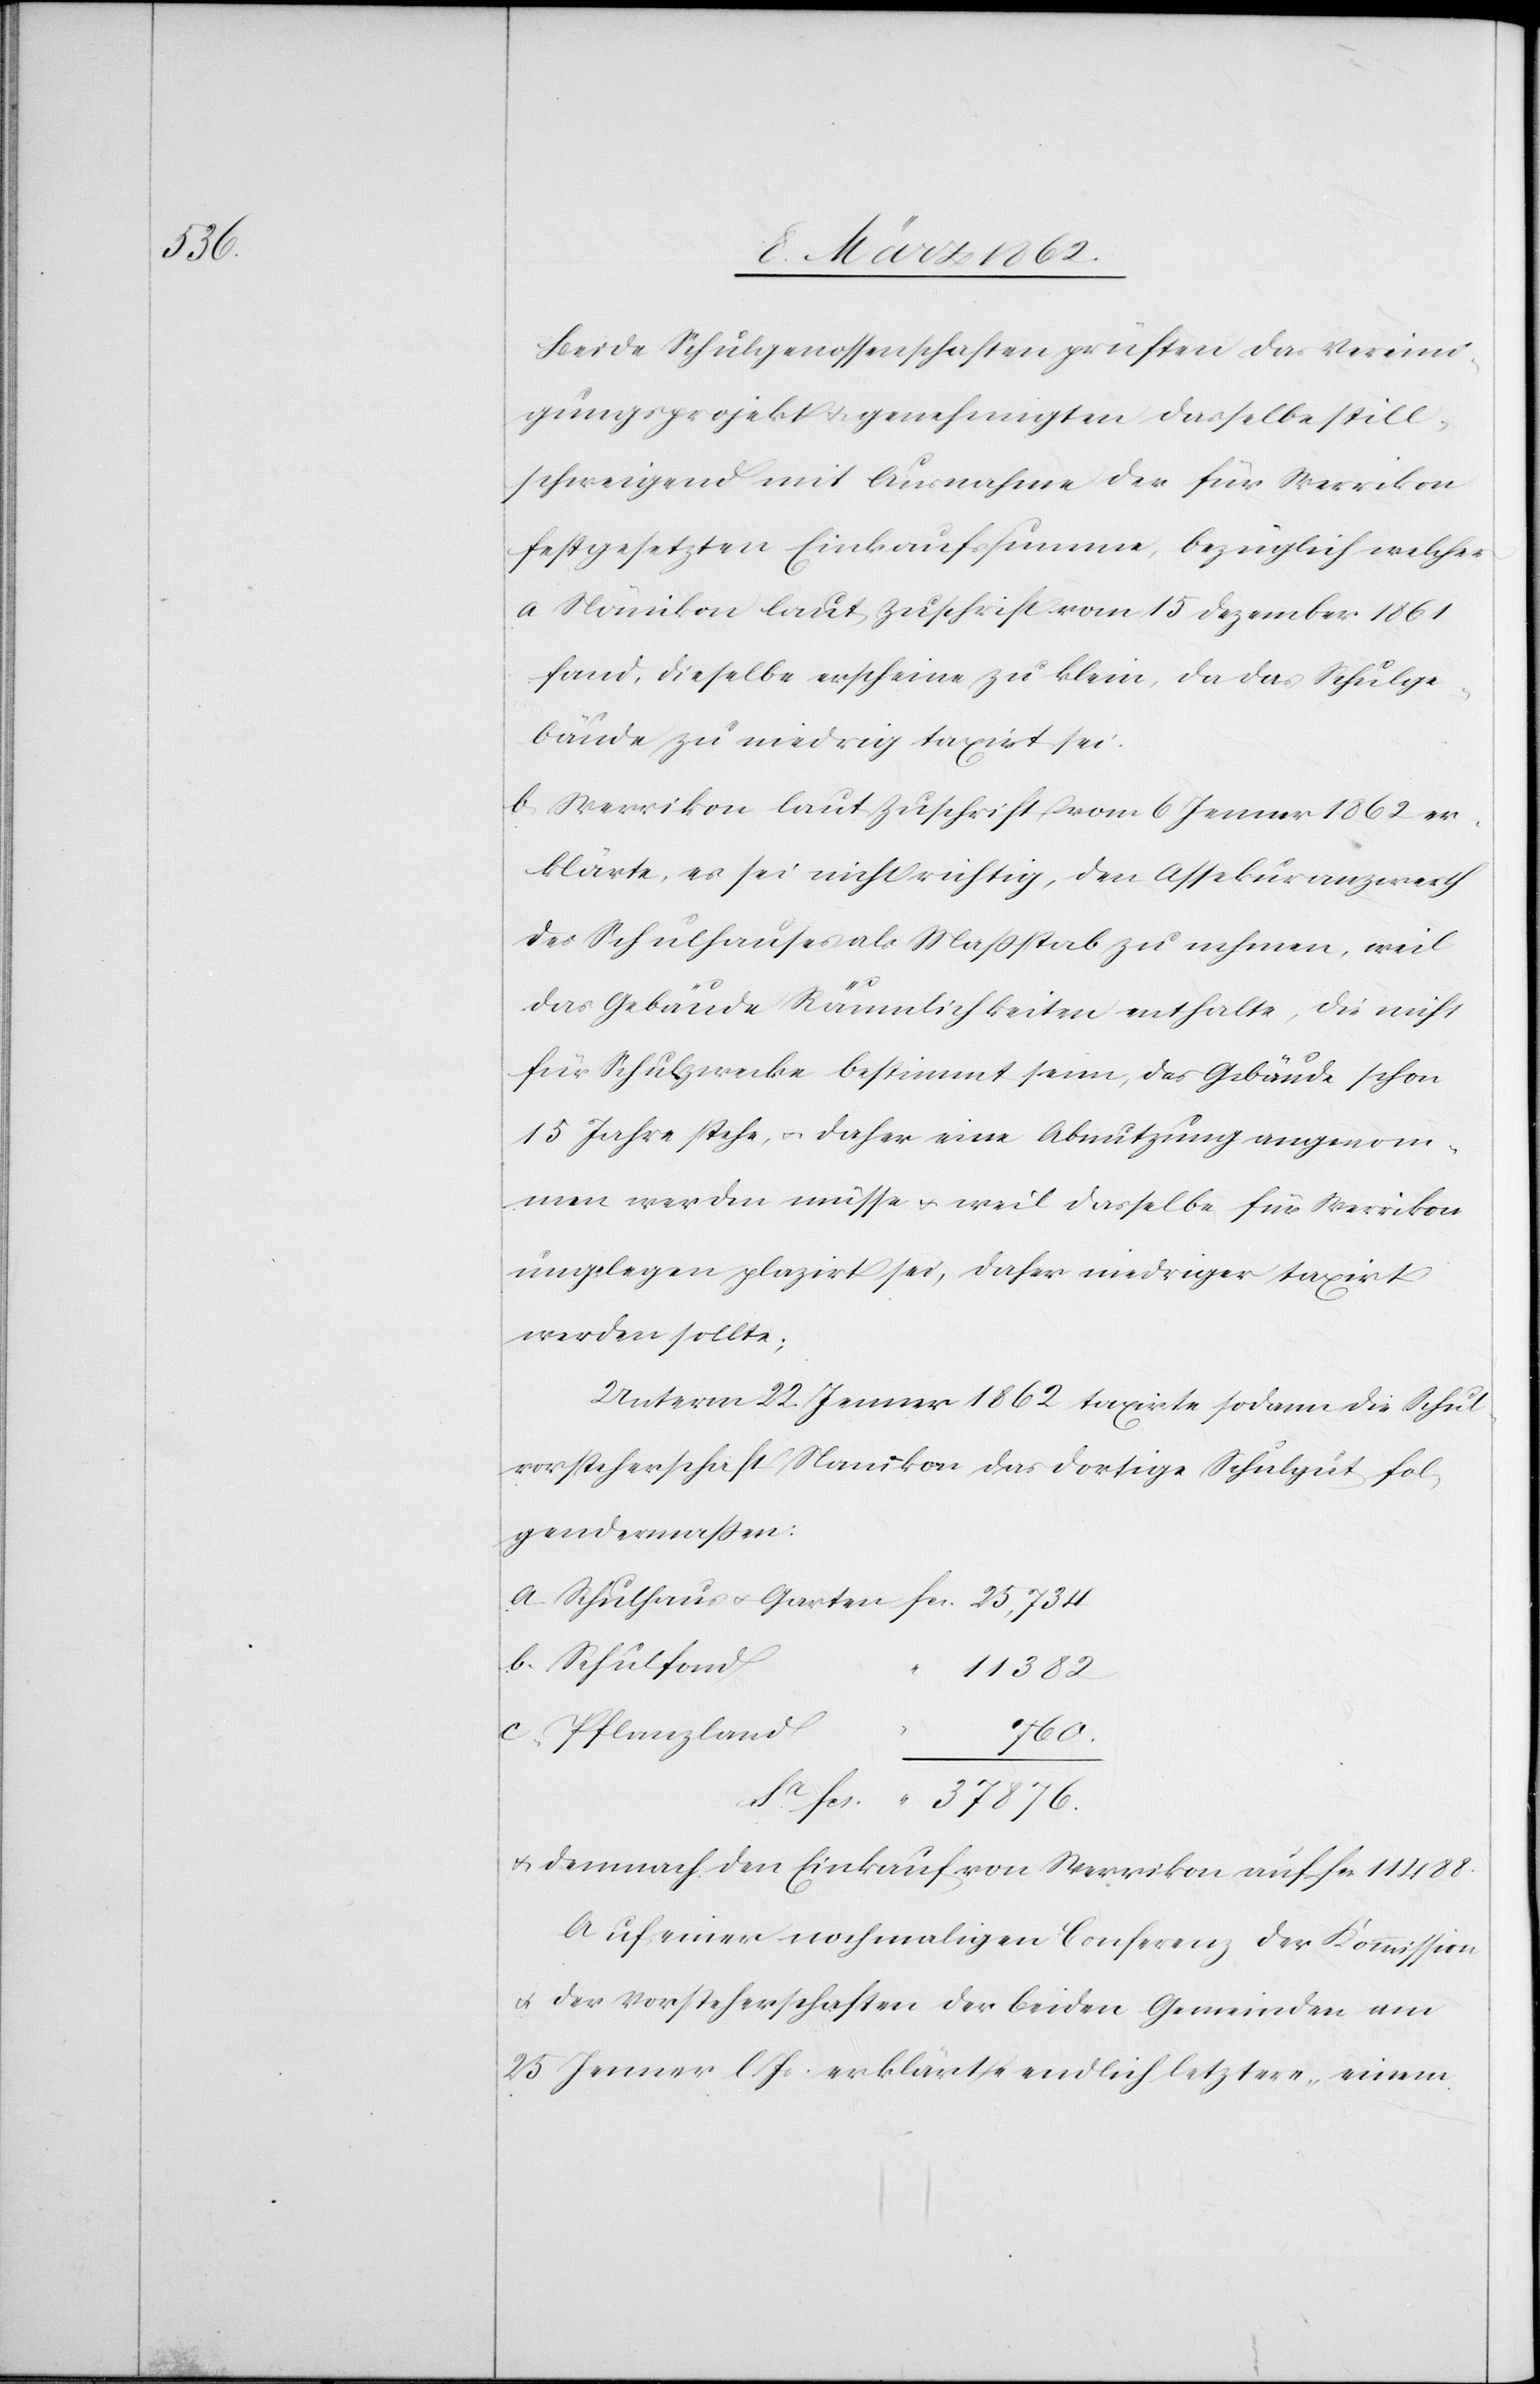
Sa.

Beide Schulgenossenschaften prüften das Vereini¬
gungsprojekt u. genehmigten dasselbe still¬
schweigend mit Ausnahme der für Werrikon
festgesetzten Einkaufssumme, bezüglich welcher
a) Nänikon laut Zuschrift vom 15 Dezember 1861
fand, dieselbe erscheine zu klein, da das Schulge¬
bäude zu niedrig taxirt sei;
b) Werrikon laut Zuschrift vom 6 Jenner 1862 er¬
klärte, es sei nicht richtig, den Assekuranzwerth
des Schulhauses als Maßstab zu nehmen, weil
das Gebäude Räumlichkeiten enthalte, die nicht
für Schulzwecke bestimmt seien, das Gebäude schon
15 Jahre stehe, u. daher eine Abnutzung angenom¬
men werden müsse u. weil dasselbe für Werrikon
ungelegen plazirt sei, daher niedriger taxirt
werden sollte;
Unterm 22. Jenner 1862 taxirte sodann die Schul¬
vorsteherschaft Nanikon [sic!] das dortige Schulgut fol¬
gendermaßen:
b. Schulfond
11 382
c. Pflanzland
fcs.
u. demnach den Einkauf von Werrikon auf fcs. 11 488.
Auf einer nochmaligen Conferenz der Kommission
u. der Vorsteherschaften der beiden Gemeinden am
25 Jenner l. Js. erklärte endlich letztere, einem